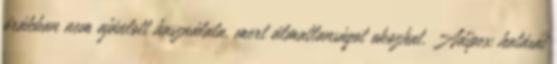
órákban nem ajánlott használata, mert álmatlanságot okozhat. Adipex hatásai